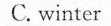
C.winter